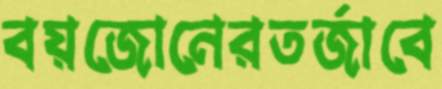
বয়জোনেরতর্জাবে